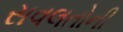
સવલતોની